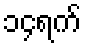
၁၄ရက်